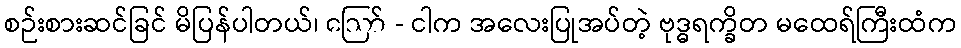
စဉ်းစားဆင်ခြင် မိပြန်ပါတယ်၊ ဪ - ငါက အလေးပြုအပ်တဲ့ ဗုဒ္ဓရက္ခိတ မထေရ်ကြီးထံက